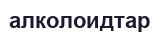
алколоидтар